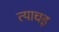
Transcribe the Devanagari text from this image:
त्याचइ